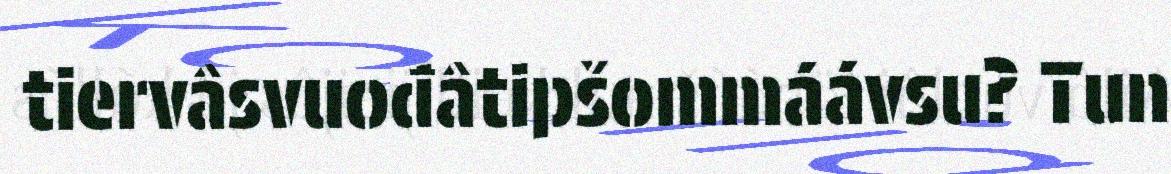
tiervâsvuođâtipšommáávsu? Tun